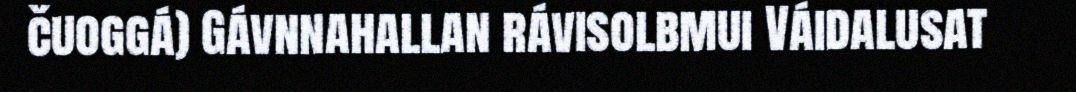
čuoggá) Gávnnahallan rávisolbmui Váidalusat